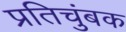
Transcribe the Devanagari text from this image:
प्रतिचुंबक